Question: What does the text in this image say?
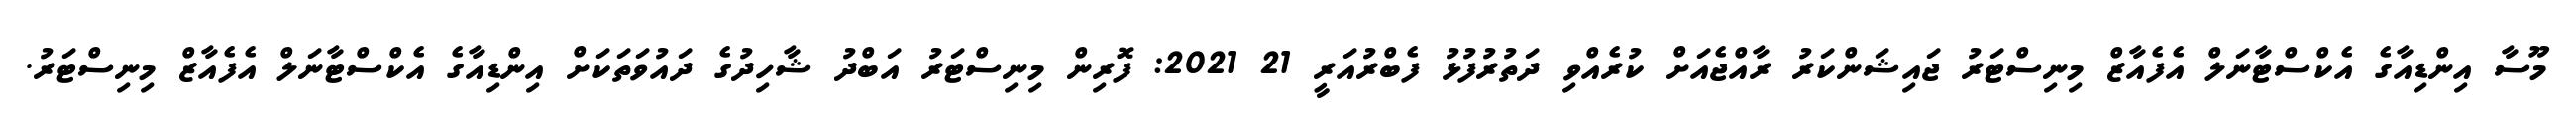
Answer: މޫސާ އިންޑިއާގެ އެކްސްޓާނަލް އެފެއާޒް މިނިސްޓަރު ޖައިޝަންކަރު ރާއްޖެއަށް ކުރެއްވި ދަތުރުފުޅު ފެބްރުއަރީ 21 2021: ފޮރިން މިނިސްޓަރު އަބްދު ޝާހިދުގެ ދައުވަތަކަށް އިންޑިއާގެ އެކްސްޓާނަލް އެފެއާޒް މިނިސްޓަރު.